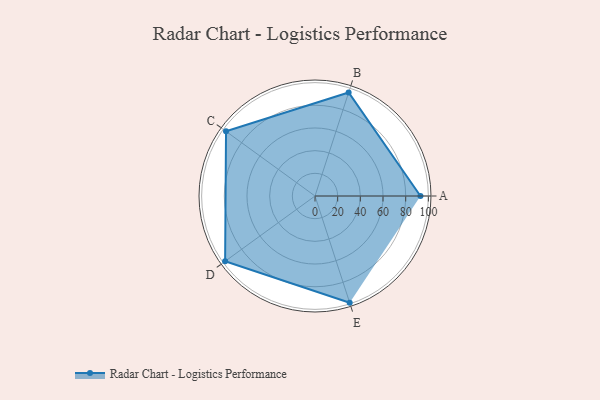
{"axis": {"x": "Skill", "y": "Score"}, "legend": ["Profile"], "data": [{"x": "A", "y": 93.0, "type": "Profile"}, {"x": "B", "y": 96.0, "type": "Profile"}, {"x": "C", "y": 97.0, "type": "Profile"}, {"x": "D", "y": 98.0, "type": "Profile"}, {"x": "E", "y": 99, "type": "Profile"}]}